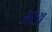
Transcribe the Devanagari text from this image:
आअ